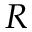
R